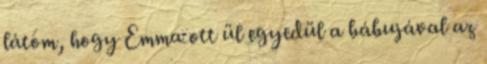
látom, hogy Emma ott ül egyedül a bábujával az